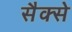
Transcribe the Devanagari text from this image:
सैक्से